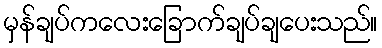
မှန်ချပ်ကလေးခြောက်ချပ်ချပေးသည်။